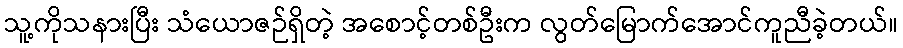
သူ့ကိုသနားပြီး သံယောဇဉ်ရှိတဲ့ အစောင့်တစ်ဦးက လွတ်မြောက်အောင်ကူညီခဲ့တယ်။